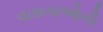
વાસનાઓની